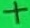
Text: +